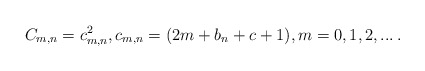
\begin{align*}C_{m,n}=c_{m,n}^2, c_{m,n}=(2 m +b_{n}+c+1) ,m=0,1,2,...\,.\end{align*}